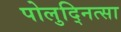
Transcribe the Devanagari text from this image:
पोलुद्नित्सा